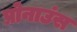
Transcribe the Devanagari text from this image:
प्रोनाउंस